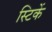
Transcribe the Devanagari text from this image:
स्टिकें